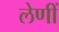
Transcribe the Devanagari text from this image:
लेणीं